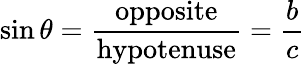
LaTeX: \sin\theta={\frac{\mathrm{opposite}}{\mathrm{hypotenuse}}}={\frac{b}{c}}